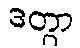
ဒတွာ